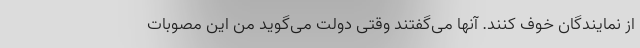
از نمایندگان خوف کنند. آنها می‌گفتند وقتی دولت می‌گوید من این مصوبات